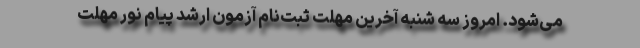
می‌شود. امروز سه شنبه آخرین مهلت ثبت‌نام آزمون ارشد پیام نور مهلت